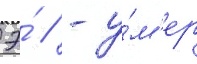
Э́ // - у́м'ер